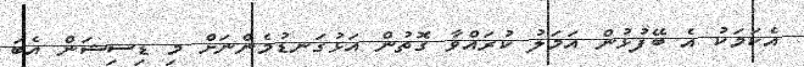
އެކަމަކު އެ ބޭފުޅުން އަމަލު ކުރައްވާ ގޮތުން އަޅުގަނޑުމެންނަށް މި ޑިސިޝަން އެބަ